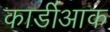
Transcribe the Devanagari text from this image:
कार्डीआक